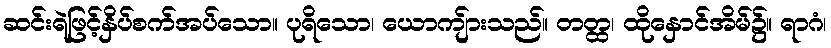
ဆင်းရဲဖြင့်နှိပ်စက်အပ်သော။ ပုရိသော၊ ယောကျ်ားသည်။ တတ္ထ၊ ထိုနှောင်အိမ်၌။ ရာဂံ၊